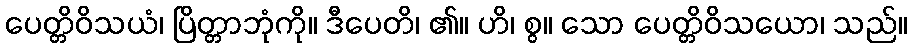
ပေတ္တိဝိသယံ၊ ပြိတ္တာဘုံကို။ ဒီပေတိ၊ ၏။ ဟိ၊ စွ။ သော ပေတ္တိဝိသယော၊ သည်။